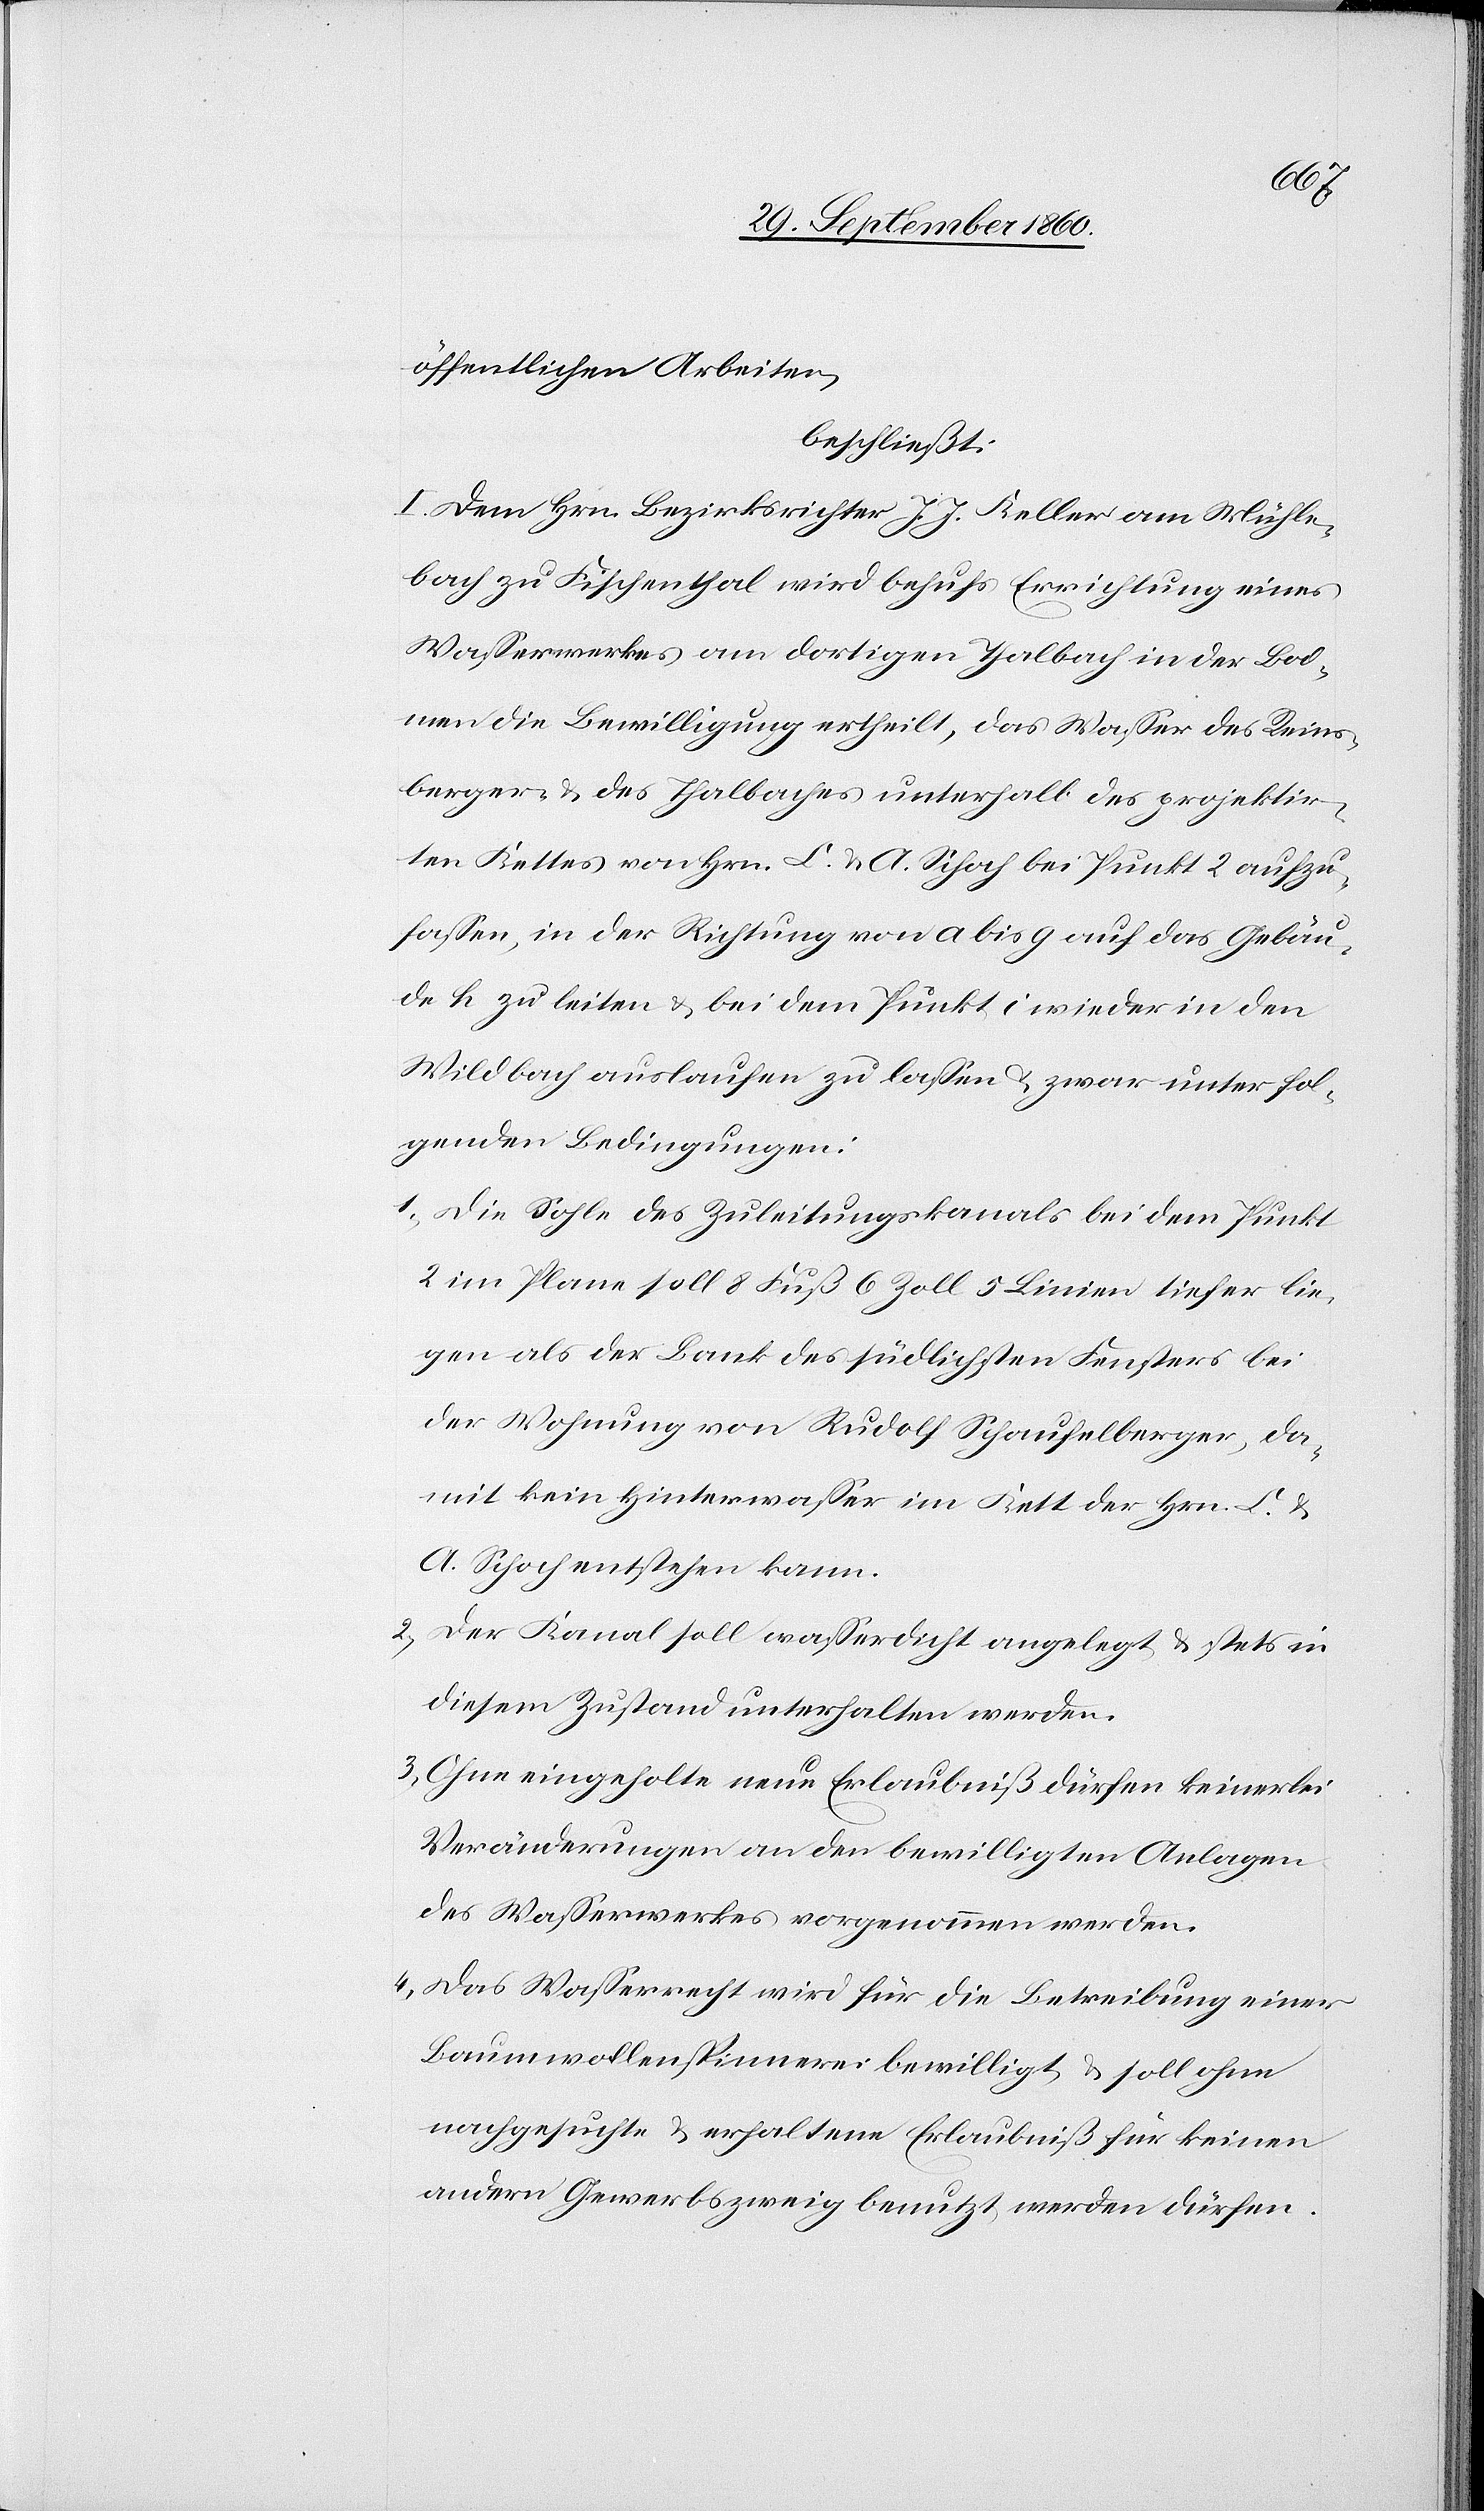
öffentlichen Arbeiten,
beschließt:
I. Dem Hrn. Bezirksrichter J. J. Keller am Mühle¬
bach zu Fischenthal wird behufs Errichtung eines
Wasserwerkes am dortigen Thalbach in der Bod¬
men die Bewilligung ertheilt, das Wasser des Reins¬
berger- [sic!] u. des Thalbaches unterhalb des projektir¬
ten Kettes von Hrn. L. u. A. Schoch bei Punkt 2 aufzu¬
fassen, in der Richtung von a bis g auf das Gebäu¬
de h zu leiten u. bei dem Punkt I wieder in den
Wildbach auslaufen zu lassen u. zwar unter fol¬
genden Bedingungen:
1) Die Sohle des Zuleitungskanals bei dem Punkt
2 im Plane soll 8 Fuß 6 Zoll 5 Linien tiefer lie¬
gen als der Bank des südlichsten Fensters bei
der Wohnung von Rudolf Schaufelberger, da¬
mit kein Hinterwasser im Kett der Hrn. L. u.
A. Schoch entstehen kann.
2) Der Kanal soll wasserdicht angelegt u. stets in
diesem Zustand unterhalten werden.
3) Ohne eingeholte neue Erlaubniß dürfen keinerlei
Veränderungen an den bewilligten Anlagen
des Wasserwerkes vorgenommen werden.
4) Das Wasserrecht wird für die Betreibung einer
Baumwollenspinnerei bewilligt u. soll ohne
nachgesuchte u. erhaltene Erlaubniß für keinen
andern Gewerbszweig benutzt werden dürfen.